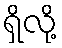
ရှိလို့